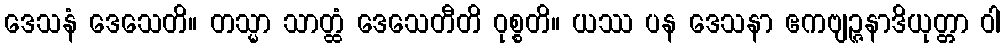
ဒေသနံ ဒေသေတိ။ တသ္မာ သာတ္ထံ ဒေသေတီတိ ဝုစ္စတိ။ ယဿ ပန ဒေသနာ ဧကဗျဉ္ဇနာဒိယုတ္တာ ဝါ